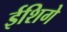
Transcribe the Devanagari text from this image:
ईशिगे